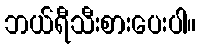
ဘယ်ရီသီးစားပေးပါ။